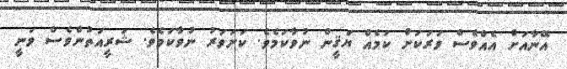
އޭނާއަށް އެއްވެސް ވަރަކަށް ކަމެއް ޔަޤީން ނުވާކަމެވެ. ކަށަވަރު ނުވާކަމެވެ. ޝަރީއަތުންވެސް ވަނީ